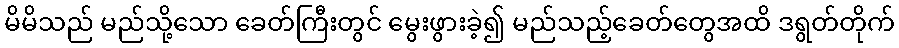
မိမိသည် မည်သို့သော ခေတ်ကြီးတွင် မွေးဖွားခဲ့၍ မည်သည့်ခေတ်တွေအထိ ဒရွတ်တိုက်